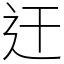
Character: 迀